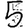
Digit: 5